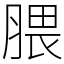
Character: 腲